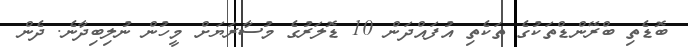
ބޮޑެތި ބްރޭންޑްތަކުގެ ތަކެތި އުފައްދަން 10 ޑޮލަރުގެ މުސާރަޔަށް މީހުން ނުލިބިދާނެ. ދެން